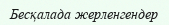
Бесқалада жерленгендер